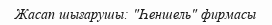
Жасап шығарушы: "Һеншель" фирмасы